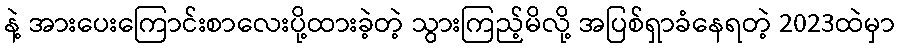
နဲ့ အားပေးကြောင်းစာလေးပို့ထားခဲ့တဲ့ သွားကြည့်မိလို့ အပြစ်ရှာခံနေရတဲ့ 2023ထဲမှာ